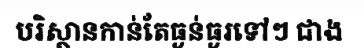
បរិស្ថានកាន់តែធ្ងន់ធ្ងរទៅៗ ជាង